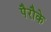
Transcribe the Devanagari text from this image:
पैरौके